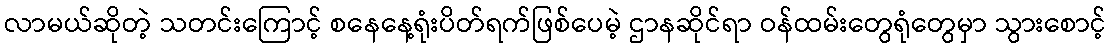
လာမယ်ဆိုတဲ့ သတင်းကြောင့် စနေနေ့ရုံးပိတ်ရက်ဖြစ်ပေမဲ့ ဌာနဆိုင်ရာ ဝန်ထမ်းတွေရုံတွေမှာ သွားစောင့်